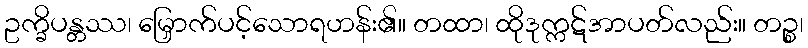
ဥက္ခိပန္တဿ၊ မြှောက်ပင့်သောရဟန်း၏။ တထာ၊ ထိုဒုက္ကဋ်အာပတ်လည်း။ တဉ္စ၊